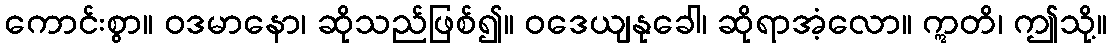
ကောင်းစွာ။ ဝဒမာနော၊ ဆိုသည်ဖြစ်၍။ ဝဒေယျနုခေါ၊ ဆိုရာအံ့လော။ ဣတိ၊ ဤသို့။